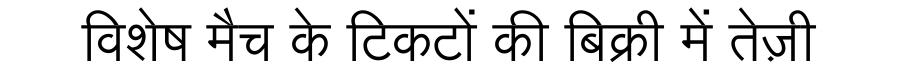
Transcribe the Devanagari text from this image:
विशेष मैच के टिकटों की बिक्री में तेज़ी